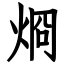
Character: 烱